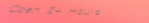
Open 24 Hours